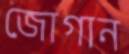
জোগান